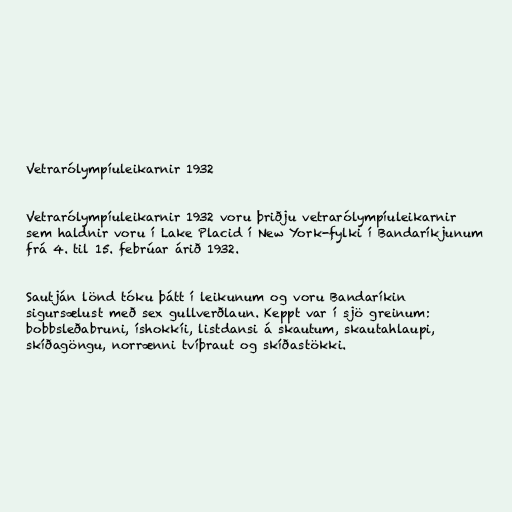
Vetrarólympíuleikarnir 1932

Vetrarólympíuleikarnir 1932 voru þriðju vetrarólympíuleikarnir
sem haldnir voru í Lake Placid í New York-fylki í Bandaríkjunum
frá 4. til 15. febrúar árið 1932.

Sautján lönd tóku þátt í leikunum og voru Bandaríkin
sigursælust með sex gullverðlaun. Keppt var í sjö greinum:
bobbsleðabruni, íshokkíi, listdansi á skautum, skautahlaupi,
skíðagöngu, norrænni tvíþraut og skíðastökki.